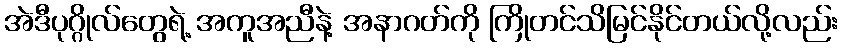
အဲဒီပုဂ္ဂိုလ်တွေရဲ့ အကူအညီနဲ့ အနာဂတ်ကို ကြိုတင်သိမြင်နိုင်တယ်လို့လည်း